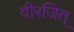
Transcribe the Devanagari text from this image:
वीरजित्